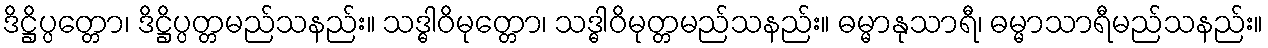
ဒိဋ္ဌိပ္ပတ္တော၊ ဒိဋ္ဌိပ္ပတ္တမည်သနည်း။ သဒ္ဓါဝိမုတ္တော၊ သဒ္ဓါဝိမုတ္တမည်သနည်း။ ဓမ္မာနုသာရီ၊ ဓမ္မာသာရီမည်သနည်း။